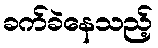
ခက်ခဲနေသည့်